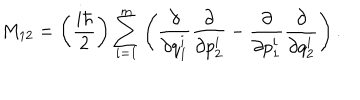
M _ { 1 2 } = \left( \frac { i \hbar } { 2 } \right) \sum _ { i = 1 } ^ { m } \left( \frac { \partial } { \partial q _ { 1 } ^ { i } } \frac { \partial } { \partial p _ { 2 } ^ { i } } - \frac { \partial } { \partial p _ { 1 } ^ { i } } \frac { \partial } { \partial q _ { 2 } ^ { i } } \right) .